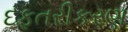
દફતરીકરણ